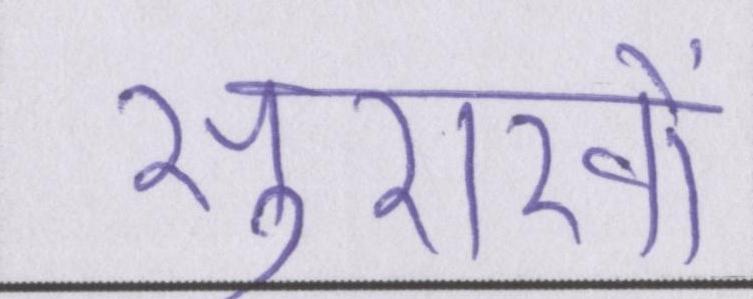
सुराखों